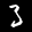
Label: 3